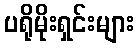
ပရိုမိုးရှင်းများ